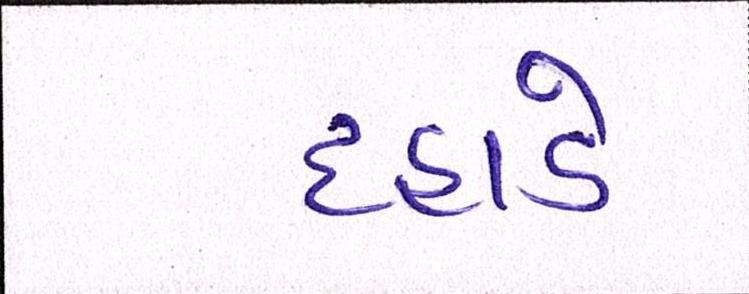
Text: દહાડે